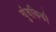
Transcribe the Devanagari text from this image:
चुंबकिकी